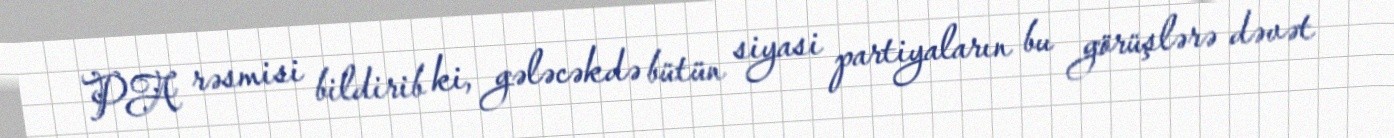
PA rəsmisi bildirib ki, gələcəkdə bütün siyasi partiyaların bu görüşlərə dəvət